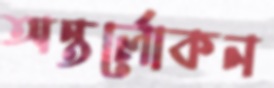
অন্তর্লোকন